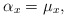
\begin{align*}\alpha_x=\mu_x,\end{align*}